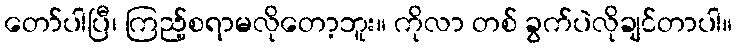
တော်ပါပြီ၊ ကြည့်စရာမလိုတော့ဘူး။ ကိုလာ တစ် ခွက်ပဲလိုချင်တာပါ။